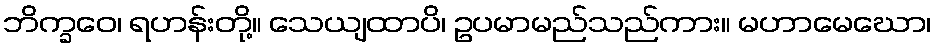
ဘိက္ခဝေ၊ ရဟန်းတို့။ သေယျထာပိ၊ ဥပမာမည်သည်ကား။ မဟာမေဃော၊